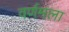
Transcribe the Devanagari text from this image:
वर्णमला